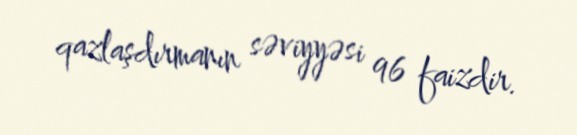
qazlaşdırmanın səviyyəsi 96 faizdir.